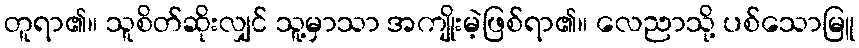
တူရာ၏။ သူစိတ်ဆိုးလျှင် သူ့မှာသာ အကျိုးမဲ့ဖြစ်ရာ၏။ လေညာသို့ ပစ်သောမြူ